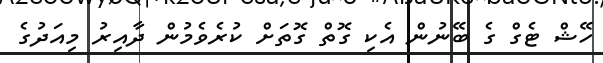
ހޭޝް ޓެގް ގެ ބޭނުން އެކި ގޮތް ގޮތަށް ކުރެވެމުން ދާއިރު މިއަދުގެ